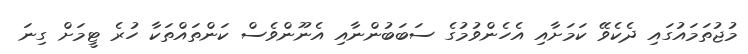
މުޖުތަމައުގައި ދެކެވޭ ކަމަށާއި އެހެންވުމުގެ ސަބަބުންނާއި އެނޫންވެސް ކަންތައްތަކާ ހުރެ ޓީމަށް ގިނަ